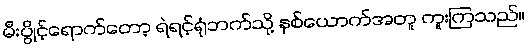
မီးပွိုင့်ရောက်တော့ ရဲရင့်ရုံဘက်သို့ နှစ်ယောက်အတူ ကူးကြသည်။